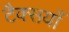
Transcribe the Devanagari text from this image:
टैक्सयाँ